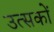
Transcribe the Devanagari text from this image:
उत्सकों